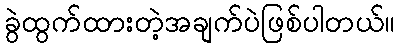
ခွဲထွက်ထားတဲ့အချက်ပဲဖြစ်ပါတယ်။